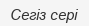
Сегіз сері